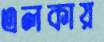
এলকায়